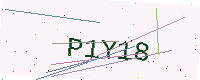
Text: P1Y18